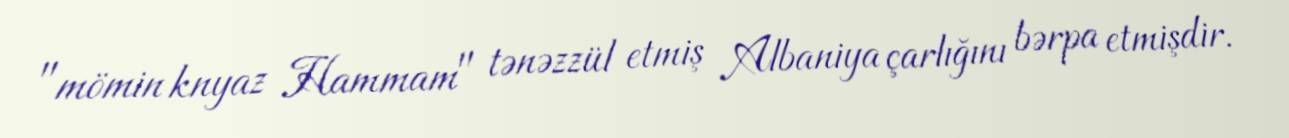
"mömin knyaz Hammam" tənəzzül etmiş Albaniya çarlığını bərpa etmişdir.